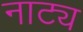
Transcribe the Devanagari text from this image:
नाट्य